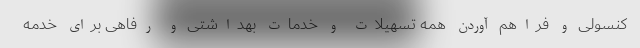
کنسولی و فراهم آوردن همه تسهیلات و خدمات بهداشتی و رفاهی برای خدمه